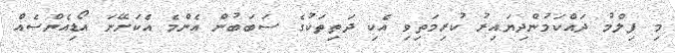
މި ފިލްމު ދައްކަމުންދިޔައިރު ކުރިމަތިވި އެކި ދަތިތަކުގެ ސަބަބުން އެންމެ އެކަށޭނަ އޯޑިއެންސެއް